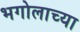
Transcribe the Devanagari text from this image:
भगोलाच्या